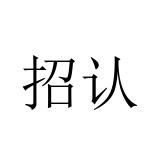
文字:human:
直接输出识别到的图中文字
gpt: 招认